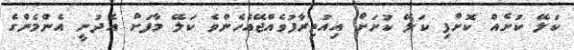
ކަލޭ ކުށެއް ކޮށްފި ކަލޭ ކުށަށް އިއުތިރާފުވެއްޖޭއެހެންވެ ކަލޭ މާފަށް އެދުނީ އެންމެންގެ